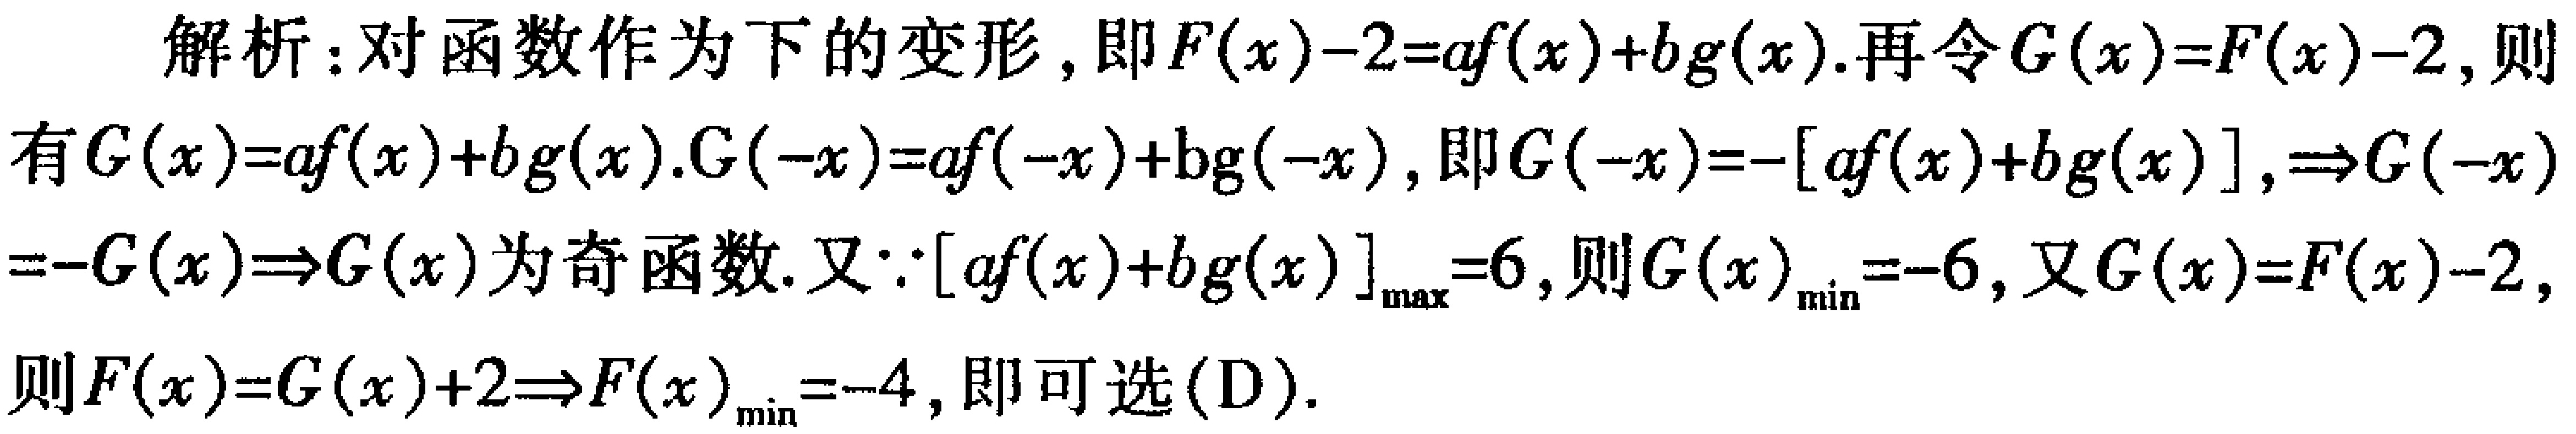
解析：对函数作为下的变形，即\(F(x) - 2 = af(x)+bg(x)\). 再令\(G(x)=F(x)-2\), 则
有\(G(x)=af(x)+bg(x)\). \(G(-x)=af(-x)+bg(-x)\), 即\(G(-x)=-[af(x)+bg(x)]\), \(\Rightarrow G(-x)\)
\(=-G(x)\Rightarrow G(x)\)为奇函数. 又\(\because [af(x)+bg(x)]_{\max}=6\), 则\(G(x)_{\min}=-6\), 又\(G(x)=F(x)-2\),
则\(F(x)=G(x)+2\Rightarrow F(x)_{\min}=-4\), 即可选 (D).